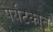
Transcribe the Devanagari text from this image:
पर्यटकात